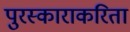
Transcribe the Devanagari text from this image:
पुरस्काराकरिता